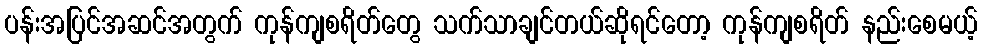
ပန်းအပြင်အဆင်အတွက် ကုန်ကျစရိတ်တွေ သက်သာချင်တယ်ဆိုရင်တော့ ကုန်ကျစရိတ် နည်းစေမယ့်